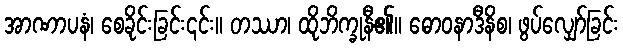
အာဏာပနံ၊ စေခိုင်းခြင်း၎င်း။ တဿာ၊ ထိုဘိက္ခုနီ၏။ ဓောဝနာဒီနိစ၊ ဖွပ်လျှော်ခြင်း